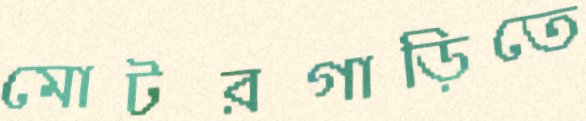
মোটরগাড়িতে